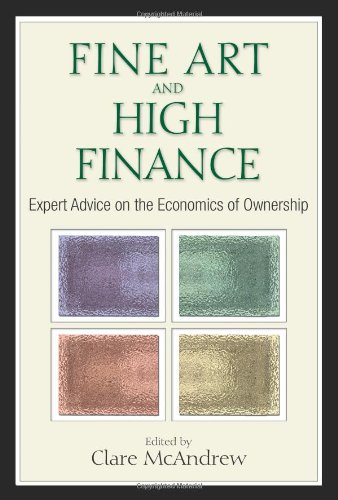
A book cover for Fine Art and High Finance: Expert Advice on the Economics of Ownership; Crafts, Hobbies & Home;